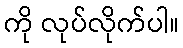
ကို လုပ်လိုက်ပါ။